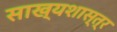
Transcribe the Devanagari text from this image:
साख्यशास्त्र